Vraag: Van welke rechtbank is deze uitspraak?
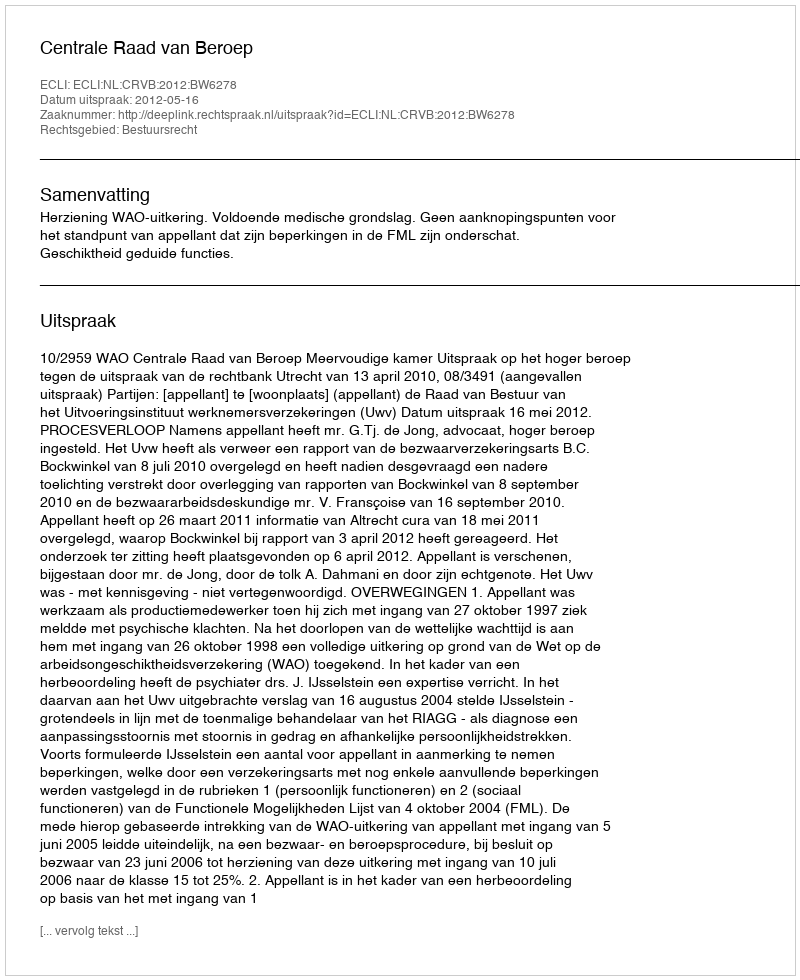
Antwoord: Centrale Raad van Beroep